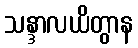
သန္ဒာလယိတွာန